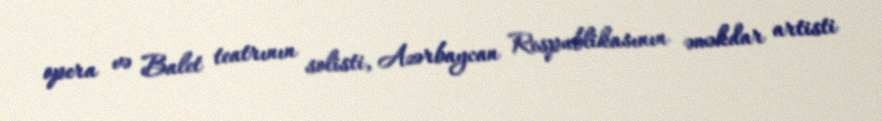
opera və Balet teatrının solisti, Azərbaycan Respublikasının əməkdar artisti